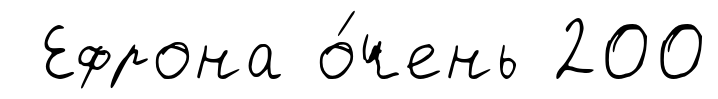
Ефрона о́чень 200